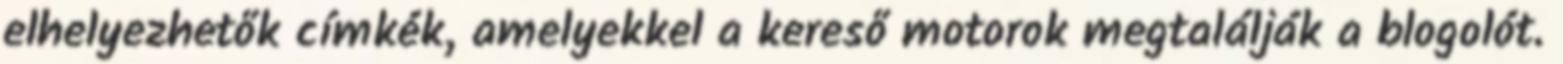
elhelyezhetők címkék, amelyekkel a kereső motorok megtalálják a blogolót.